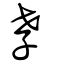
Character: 孝